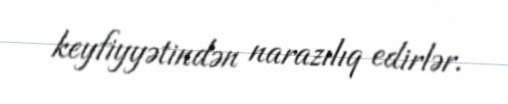
keyfiyyətindən narazılıq edirlər.